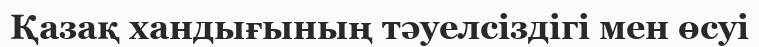
Қазақ хандығының тәуелсіздігі мен өсуі